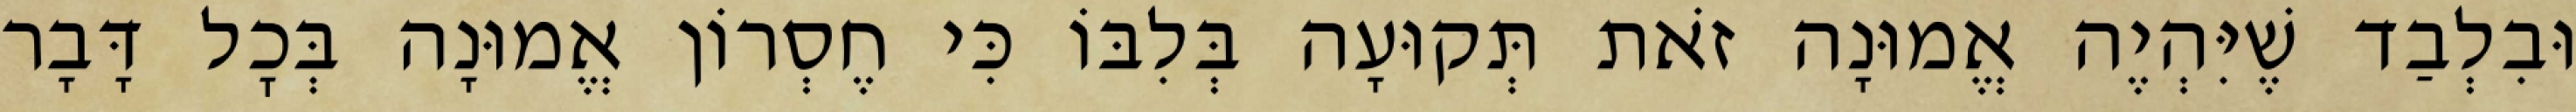
וּבִלְבַד שֶׁיִּהְיֶה אֱמוּנָה זֹאת תְּקוּעָה בְּלִבּוֹ כִּי חֶסְרוֹן אֱמוּנָה בְּכׇל דָּבָר